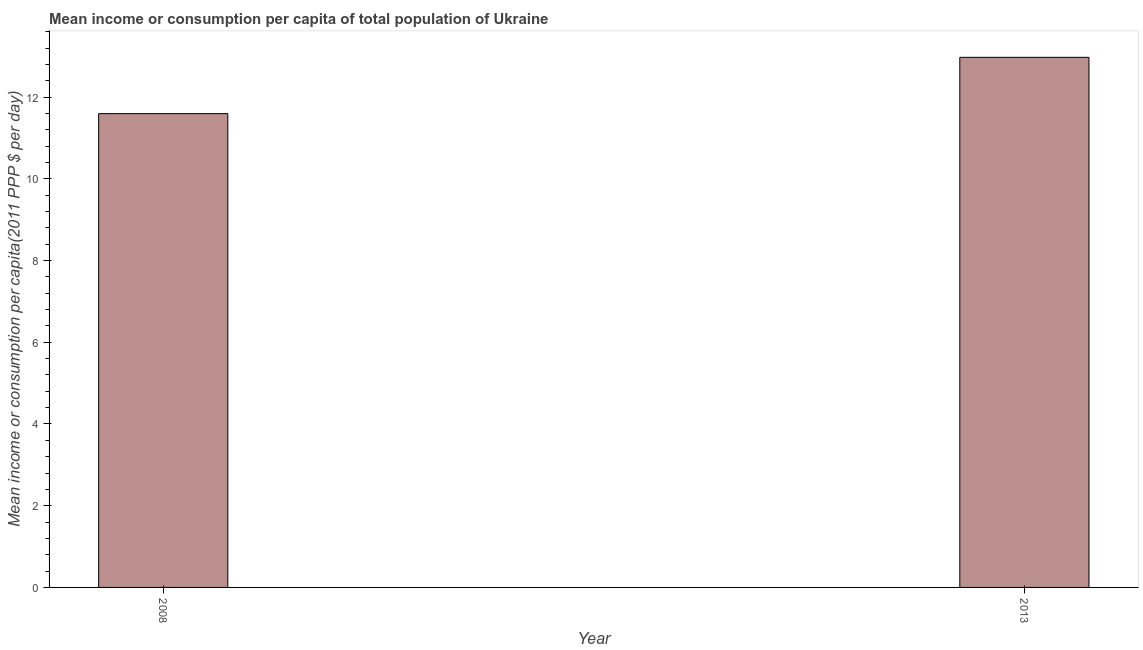
| Year | Total population |
 | --- | --- |
 | 2008 | 11.6 |
 | 2013 | 13 |